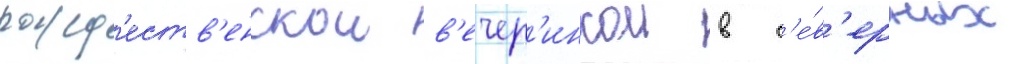
рожд'еств'енскои в'ечер'инкои в с'е́в'ерных